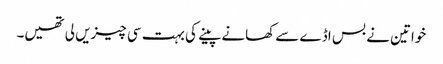
خواتین نے بس اڈے سے کھانے پینے کی بہت سی چیزیں لی تھیں۔